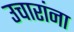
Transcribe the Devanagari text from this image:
उचारांना